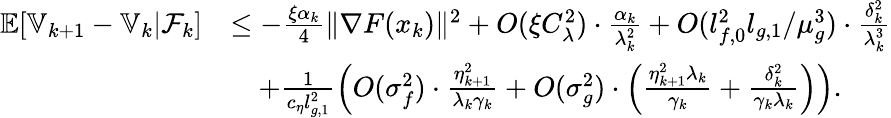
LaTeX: \begin{array}{rl}{\mathbb{E}[\mathbb{V}_{k+1}-\mathbb{V}_{k}|\mathcal{F}_{k}]}&{\le-\frac{\xi\alpha_{k}}{4}\| \nabla F(x_{k})\| ^{2}+O(\xi C_{\lambda}^{2})\cdot\frac{\alpha_{k}}{\lambda_{k}^{2}}+O(l_{f,0}^{2}l_{g,1}/\mu_{g}^{3})\cdot\frac{\delta_{k}^{2}}{\lambda_{k}^{3}}}\\ &{\quad+\frac{1}{c_{\eta}l_{g,1}^{2}}\left(O(\sigma_{f}^{2})\cdot\frac{\eta_{k+1}^{2}}{\lambda_{k}\gamma_{k}}+O(\sigma_{g}^{2})\cdot\left(\frac{\eta_{k+1}^{2}\lambda_{k}}{\gamma_{k}}+\frac{\delta_{k}^{2}}{\gamma_{k}\lambda_{k}}\right)\right).}\end{array}